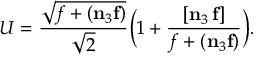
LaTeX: U = \frac { \sqrt { f + ( \mathbf { n } _ { 3 } \mathbf { f } ) } } { \sqrt { 2 } } \biggl ( 1 + \frac { [ \mathbf { n } _ { 3 } \, \mathbf { f } ] } { f + ( \mathbf { n } _ { 3 } \mathbf { f } ) } \biggr ) .